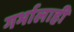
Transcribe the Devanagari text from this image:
गर्भालाही